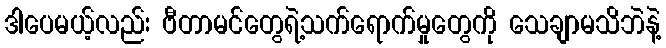
ဒါပေမယ့်လည်း ဗီတာမင်တွေရဲ့သက်ရောက်မှုတွေကို သေချာမသိဘဲနဲ့